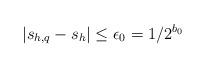
LaTeX: \begin{align*} |s_{h,q}-s_h|\le\epsilon_0=1/2^{b_0} \end{align*}